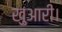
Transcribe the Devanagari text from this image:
खुआरी।